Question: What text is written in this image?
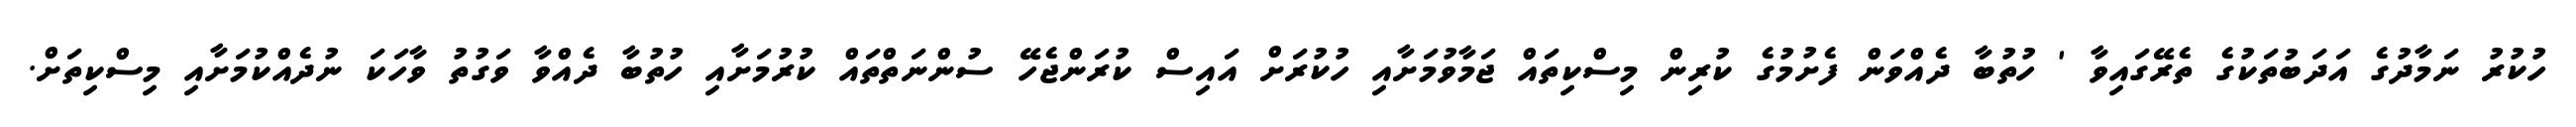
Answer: ހުކުރު ނަމާދުގެ އަދަބުތަކުގެ ތެރޭގައިވާ ' ހުތުބާ ދެއްވަން ފެށުމުގެ ކުރިން މިސްކިތައް ޖަމާވުމަށާއި ހުކުރަށް އައިސް ކުރަންޖެހޭ ސުންނަތްތައް ކުރުމަށާއި ހުތުބާ ދެއްވާ ވަގުތު ވާހަކަ ނުދެއްކުމަށާއި މިސްކިތަށް.